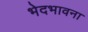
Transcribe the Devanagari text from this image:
भेदभावना